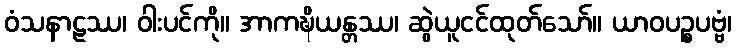
ဝံသနာဠဿ၊ ဝါးပင်ကို။ အာကဍ္ဎိယန္တဿ၊ ဆွဲယူငင်ထုတ်သော်။ ယာဝပဉ္စပဗ္ဗံ၊